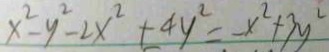
x ^ { 2 } - y ^ { 2 } - 2 x ^ { 2 } + 4 y ^ { 2 } = - x ^ { 2 } + 3 y ^ { 2 }